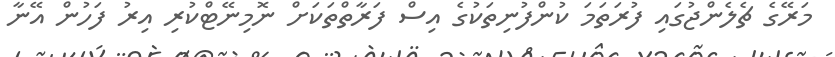
މަރޭގެ ޗެލެންޖުގައި ފުރަތަމަ ކުންފުނިތަކުގެ އިސް ފަރާތްތަކަށް ނޮމިނޭޓްކުރި އިރު ފަހުން އޭނާ